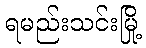
ရမည်းသင်းမြို့